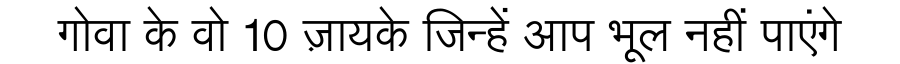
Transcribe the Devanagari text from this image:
गोवा के वो 10 ज़ायके जिन्हें आप भूल नहीं पाएंगे